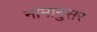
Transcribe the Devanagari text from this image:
नामानुसर